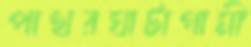
পাথরঘাটাগামী